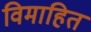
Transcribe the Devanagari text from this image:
विमाहित